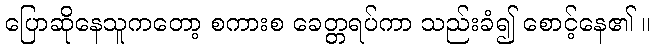
ပြောဆိုနေသူကတော့ စကားစ ခေတ္တရပ်ကာ သည်းခံ၍ စောင့်နေ၏ ။